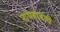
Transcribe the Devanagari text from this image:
नाथबाबाचे